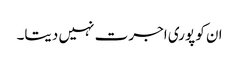
ان کو پوری اجرت نہیں دیتا۔